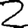
Digit: 2